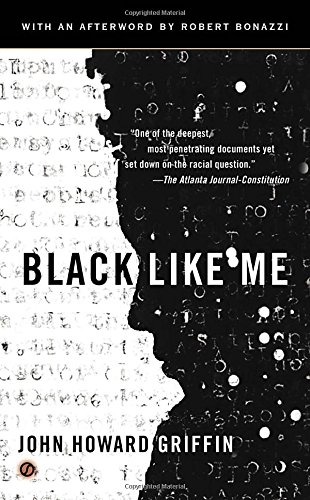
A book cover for Black Like Me; John Howard Griffin; Biographies & Memoirs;